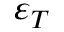
\varepsilon _ { T }